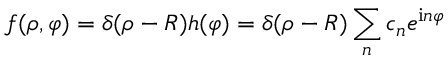
f ( \rho , \varphi ) = \delta ( \rho - R ) h ( \varphi ) = \delta ( \rho - R ) \sum _ { n } c _ { n } e ^ { \mathrm { i } n \varphi }